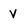
Character: V